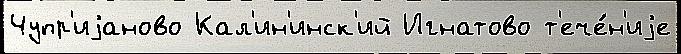
Чупр'иjаново Кал'ин'инск'ий Игнатово т'ече́н'иjе